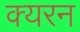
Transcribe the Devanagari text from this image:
क्यरन